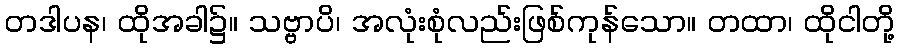
တဒါပန၊ ထိုအခါ၌။ သဗ္ဗာပိ၊ အလုံးစုံလည်းဖြစ်ကုန်သော။ တထာ၊ ထိုငါတို့